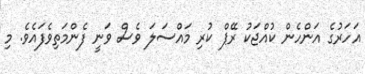
އަހަރުގެ އަންހެން ކުއްޖަކު ރޭޕް ކުރި މައްސަލަ ވެސް ވަނީ ފެންމަތިވެފައެވެ. މި